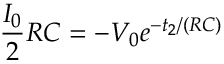
\frac { I _ { 0 } } { 2 } R C = - V _ { 0 } e ^ { - t _ { 2 } / ( R C ) }